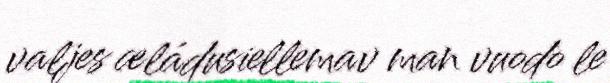
valjes æládusiellemav man vuodo le